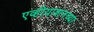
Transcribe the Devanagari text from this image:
एव्हीयाशनच्या